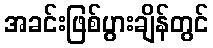
အခင်းဖြစ်ပွားချိန်တွင်